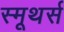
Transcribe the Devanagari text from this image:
स्मूथर्स